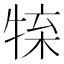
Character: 𤚊